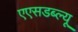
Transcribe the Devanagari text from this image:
एएसडब्ल्यू